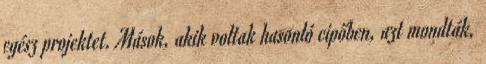
egész projektet. Mások, akik voltak hasonló cipőben, azt mondták,